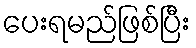
ပေးရမည်ဖြစ်ပြီး